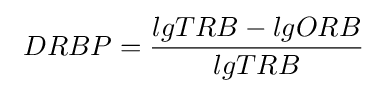
\ DRBP={\frac {lgTRB-lgORB}{lgTRB}}